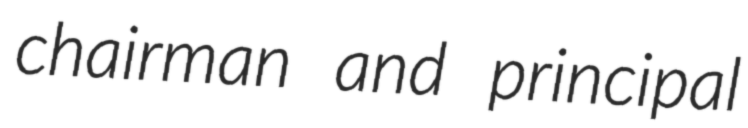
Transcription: chairman and principal